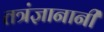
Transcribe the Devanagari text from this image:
तत्रंज्ञानानी